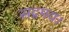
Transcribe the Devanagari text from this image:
सद्गमय।